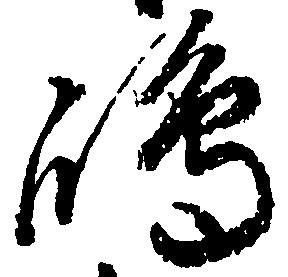
嶋